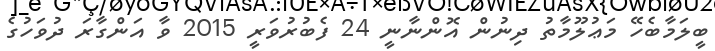
ބީލަމާބެހޭ މަޢުލޫމާތު ދިނުން އޮންނާނީ 24 ފެބުރުވަރީ 2015 ވާ އަންގާރަ ދުވަހުގެ